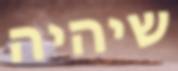
שיהיה